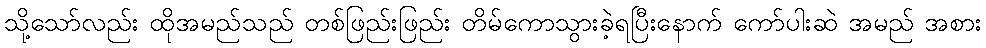
သို့သော်လည်း ထိုအမည်သည် တစ်ဖြည်းဖြည်း တိမ်ကောသွားခဲ့ရပြီးနောက် ကော်ပါးဆဲ အမည် အစား